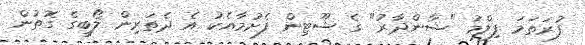
ފުރަތަމަ ފިލްމު "ޝާންދާރު" ގެ ޝޫޓިން ފެށުމާއެކު އެ ދެތަރިން ލޯބީގެ ގޮތުން